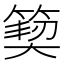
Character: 𮅳